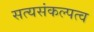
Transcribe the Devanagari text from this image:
सत्यसंकल्पत्व